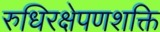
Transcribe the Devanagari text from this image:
रुधिरक्षेपणशक्ति